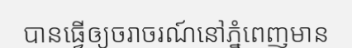
បានធ្វើឲ្យចរាចរណ៍នៅភ្នំពេញមាន